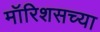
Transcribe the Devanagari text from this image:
मॉरिशसच्या